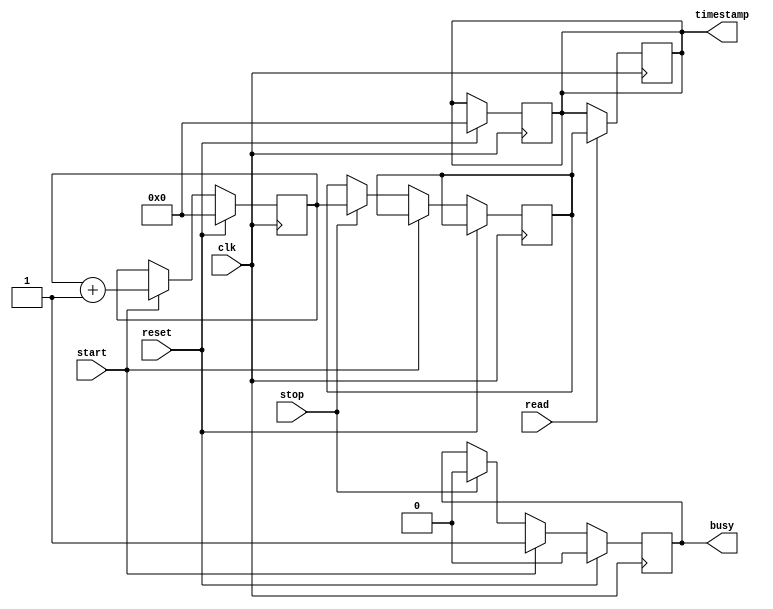
module time_stamping_timer (
    input clk,
    input reset,
    input start,
    input stop,
    input read,
    output reg [31:0] timestamp,
    output reg busy
);

reg [31:0] counter;
reg [31:0] temp_timestamp;

always @(posedge clk) begin
    if (reset) begin
        counter <= 0;
        timestamp <= 0;
        busy <= 0;
    end else if (start) begin
        counter <= counter + 1;
        busy <= 1;
    end else if (stop) begin
        temp_timestamp <= counter;
        busy <= 0;
    end
end

always @(posedge clk) begin
    if (read) begin
        timestamp <= temp_timestamp;
    end
end

endmodule